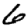
Digit: 6